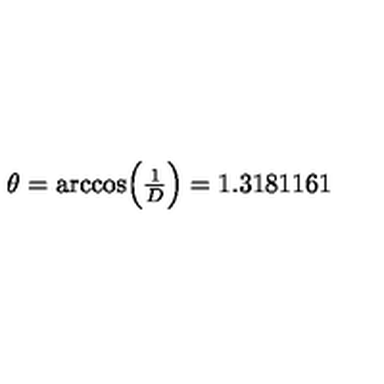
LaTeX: \theta = \arccos \Bigl ( { \textstyle { \frac { 1 } { D } } } \Bigr ) = 1 . 3 1 8 1 1 6 1